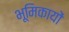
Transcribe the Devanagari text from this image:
भूमिकायों